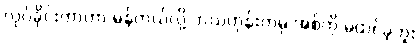
လုပ်ခိုင်းတာဟာ မှန်တယ်လို့ ဘယ်တုန်းကမှ အစ်ကို မထင်ခဲ့ဘူး